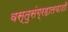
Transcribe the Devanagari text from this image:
वस्तुसंग्रहालयाशी